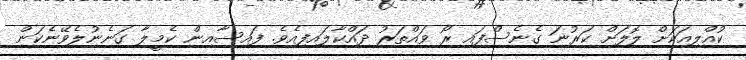
ކުއްލިއަކަށް ލޮލަށް ކަރުނަ ގެނެސްފައި ރޯ ވައްތަރު ދައްކާލައިފިއެވެ. ފައިސާއިން ކެމީލާ ގަނެނުލެވޭނެކަން